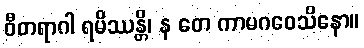
ဝီတရာဂါ ရမိဿန္တိ၊ န တေ ကာမဂဝေသိနော။